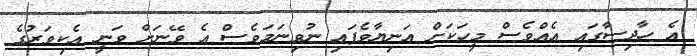
އެ ހާދިސާގައި އެއްވެސް މީހަކަށް އަނިޔާވެފައި ނުވިނަމަވެސް އެ ވޭނަށް ވަނީ އެކިވަރުގެ